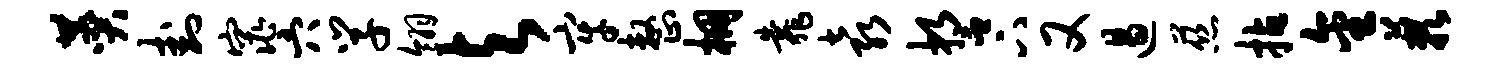
赞卦窕穴学翎与牢整棚靠袁誓下又遏慈拈金蔌